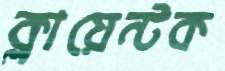
ক্লায়েন্টক